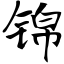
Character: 锦